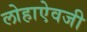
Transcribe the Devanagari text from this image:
लोहाऐवजी